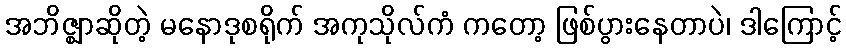
အဘိဇ္ဈာဆိုတဲ့ မနောဒုစရိုက် အကုသိုလ်ကံ ကတော့ ဖြစ်ပွားနေတာပဲ၊ ဒါကြောင့်